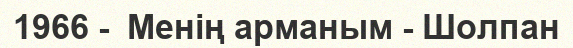
1966 -  Менің арманым - Шолпан